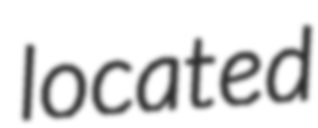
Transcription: located